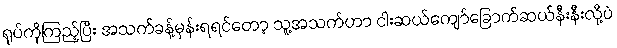
ရုပ်ကိုကြည့်ပြီး အသက်ခန့်မှန်းရရင်တော့ သူ့အသက်ဟာ ငါးဆယ်ကျော်ခြောက်ဆယ်နီးနီးလို့ပဲ